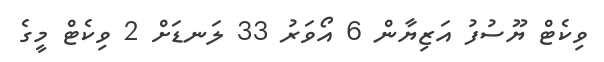
ވިކެޓް ޔޫސުފު އަޒިޔާން 6 އޯވަރު 33 ލަނޑަށް 2 ވިކެޓް މީގެ